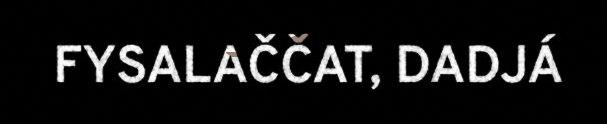
FYSALAČČAT, DADJÁ